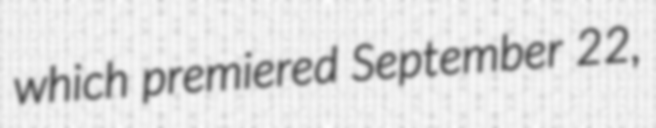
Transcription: which premiered September 22,